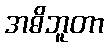
အဓိဘူတာ